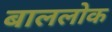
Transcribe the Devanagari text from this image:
बाललोक